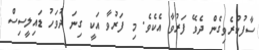
ސާފުކުރެވިގެން ދެވޭ ފަރުވާ އެކެވެ. މި ފަރުވާ އަކީ ގިނަ ދުވަހު ޑައިލީސިސް